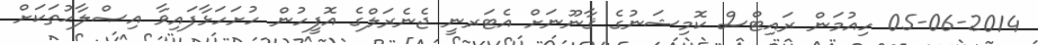
05-06-2014 ހިއުމަން ރައިޓްސް ކޮމިޝަނުގެ ޤާނޫނަށް އެޓަރނީ ޖެނެރަލްގެ އޮފީހުން ހުށަހަޅާފައިވާ އިޞްލާޙުތަކަށް